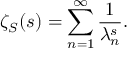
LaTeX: \zeta _ { S } ( s ) = \sum _ { n = 1 } ^ { \infty } { \frac { 1 } { \lambda _ { n } ^ { s } } } .